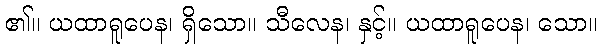
၏။ ယထာရူပေန၊ ရှိသော။ သီလေန၊ နှင့်။ ယထာရူပေန၊ သော။